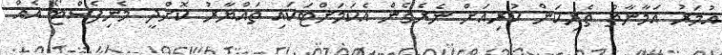
އުމަރު އަަމާނާތް ތެރިކަން ކުރިއަށް ނެރެގެން އެކަމަށްޓަކައި ތައްޔާރު ކޮށްދީ މެނިފެސްޓޯ އެއް